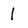
Character: 1